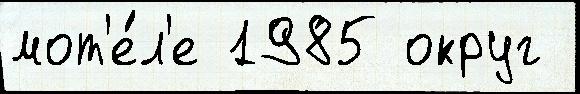
мот'е́л'е 1985 округ